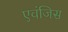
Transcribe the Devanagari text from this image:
एवंजिस